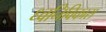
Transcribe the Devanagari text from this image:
ध्वनिविकास